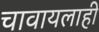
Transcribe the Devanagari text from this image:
चावायलाही